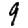
Digit: 9